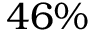
4 6 \%